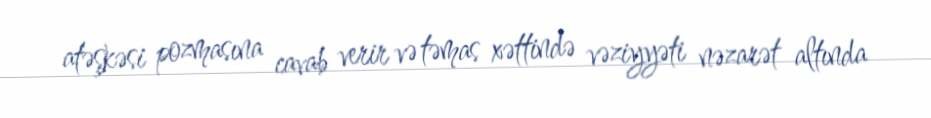
atəşkəsi pozmasına cavab verir və təmas xəttində vəziyyəti nəzarət altında